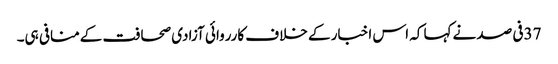
37فی صد نےکہا کہ اس اخبار کے خلاف کارروائی آزادی صحافت کےمنافی ہی۔